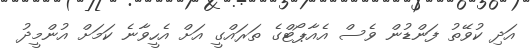
އަދި ކުވޭތު ފަންޑުން ވެސް އެއާޕޯޓްގެ ތަރައްގީ އަށް އެހީވާނެ ކަމަށް އުންމީދު